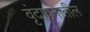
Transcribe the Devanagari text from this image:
वृंदावनातील